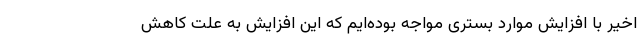
اخیر با افزایش موارد بستری مواجه بوده‌ایم که این افزایش به علت کاهش